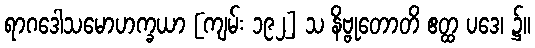
ရာဂဒေါသမောဟက္ခယာ [ကျမ်း ၁၉၂] သ နိဗ္ဗုတောတိ ဧတ္ထ ပဒေ၊ ၌။